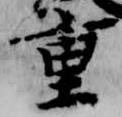
重